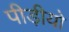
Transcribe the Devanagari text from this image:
पीड़ीयो